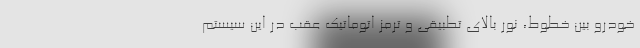
خودرو بین خطوط، نور بالای تطبیقی و ترمز اتوماتیک عقب در این سیستم